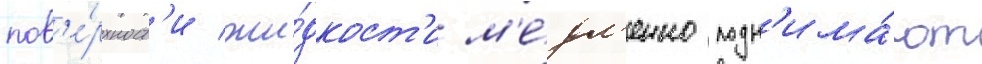
пов'е́рхност'и жи́дкост'и м'е́дл'енно подн'има́ют